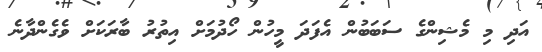
އަދި މި މެޝިންގެ ސަބަބުން އެފަދަ މީހުން ހޯދުމަށް އިތުރު ބާރަކަށް ވެގެންދާނެ